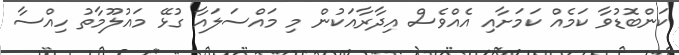
ކަންބޮޑުވާ ކަމެއް ކަމަށާއި އެއްވެސް އިދާރާއަކުން މި މައްސަލައާ ގުޅޭ މައުލޫމާތު ހިއްސާ